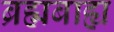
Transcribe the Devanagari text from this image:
ब्रह्मबाह्य